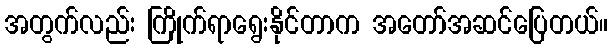
အတွက်လည်း ကြိုက်ရာရွေးနိုင်တာက အတော်အဆင်ပြေတယ်။